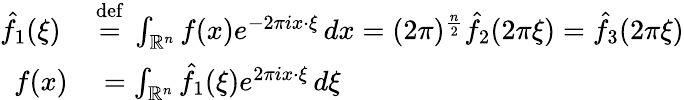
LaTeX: \begin{array}{rl}{{\hat{f}}_{1}(\xi)\ }&{{}{\stackrel{\mathrm{def}}{=}}\ \int_{\mathbb{R}^{n}}f(x)e^{-2\pi ix\cdot\xi}\, dx=(2\pi)^{\frac{n}{2}}{\hat{f}}_{2}(2\pi\xi)={\hat{f}}_{3}(2\pi\xi)}\\ {f(x)}&{{}=\int_{\mathbb{R}^{n}}{\hat{f}}_{1}(\xi)e^{2\pi ix\cdot\xi}\, d\xi}\end{array}